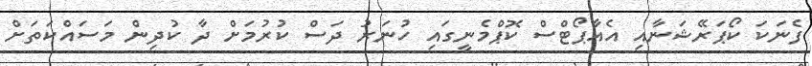
ފެނަކަ ކޯޕަރޭޝަނާއި އެއާޕޯޓްސް ކޮޕްމެނީގައި ހުނަރު ދަސް ކުރުމަށް ދާ ކުދިން މަސައްކަތަށް